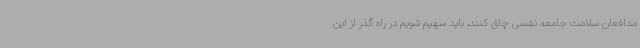
مدافعان سلامت جامعه نفسی چاق کنند، باید سهیم شویم در راه گذر از این